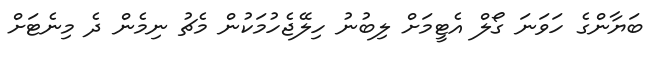
ބަޔާންގެ ހަވަނަ ގޯލް އެޓީމަށް ލިބުނު ހިލޭޖެހުމަކުން މެޗު ނިމެން ދެ މިނެޓަށް